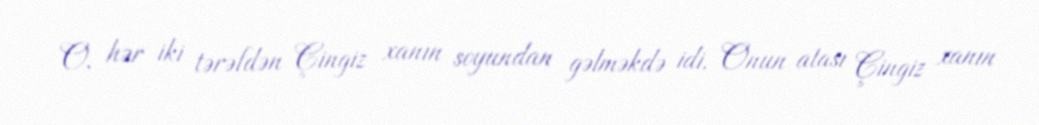
O, hər iki tərəfdən Çingiz xanın soyundan gəlməkdə idi. Onun atası Çingiz xanın